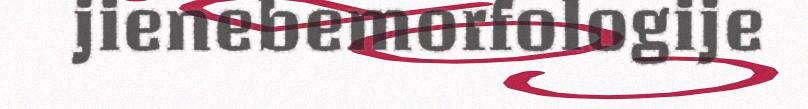
jienebemorfologije